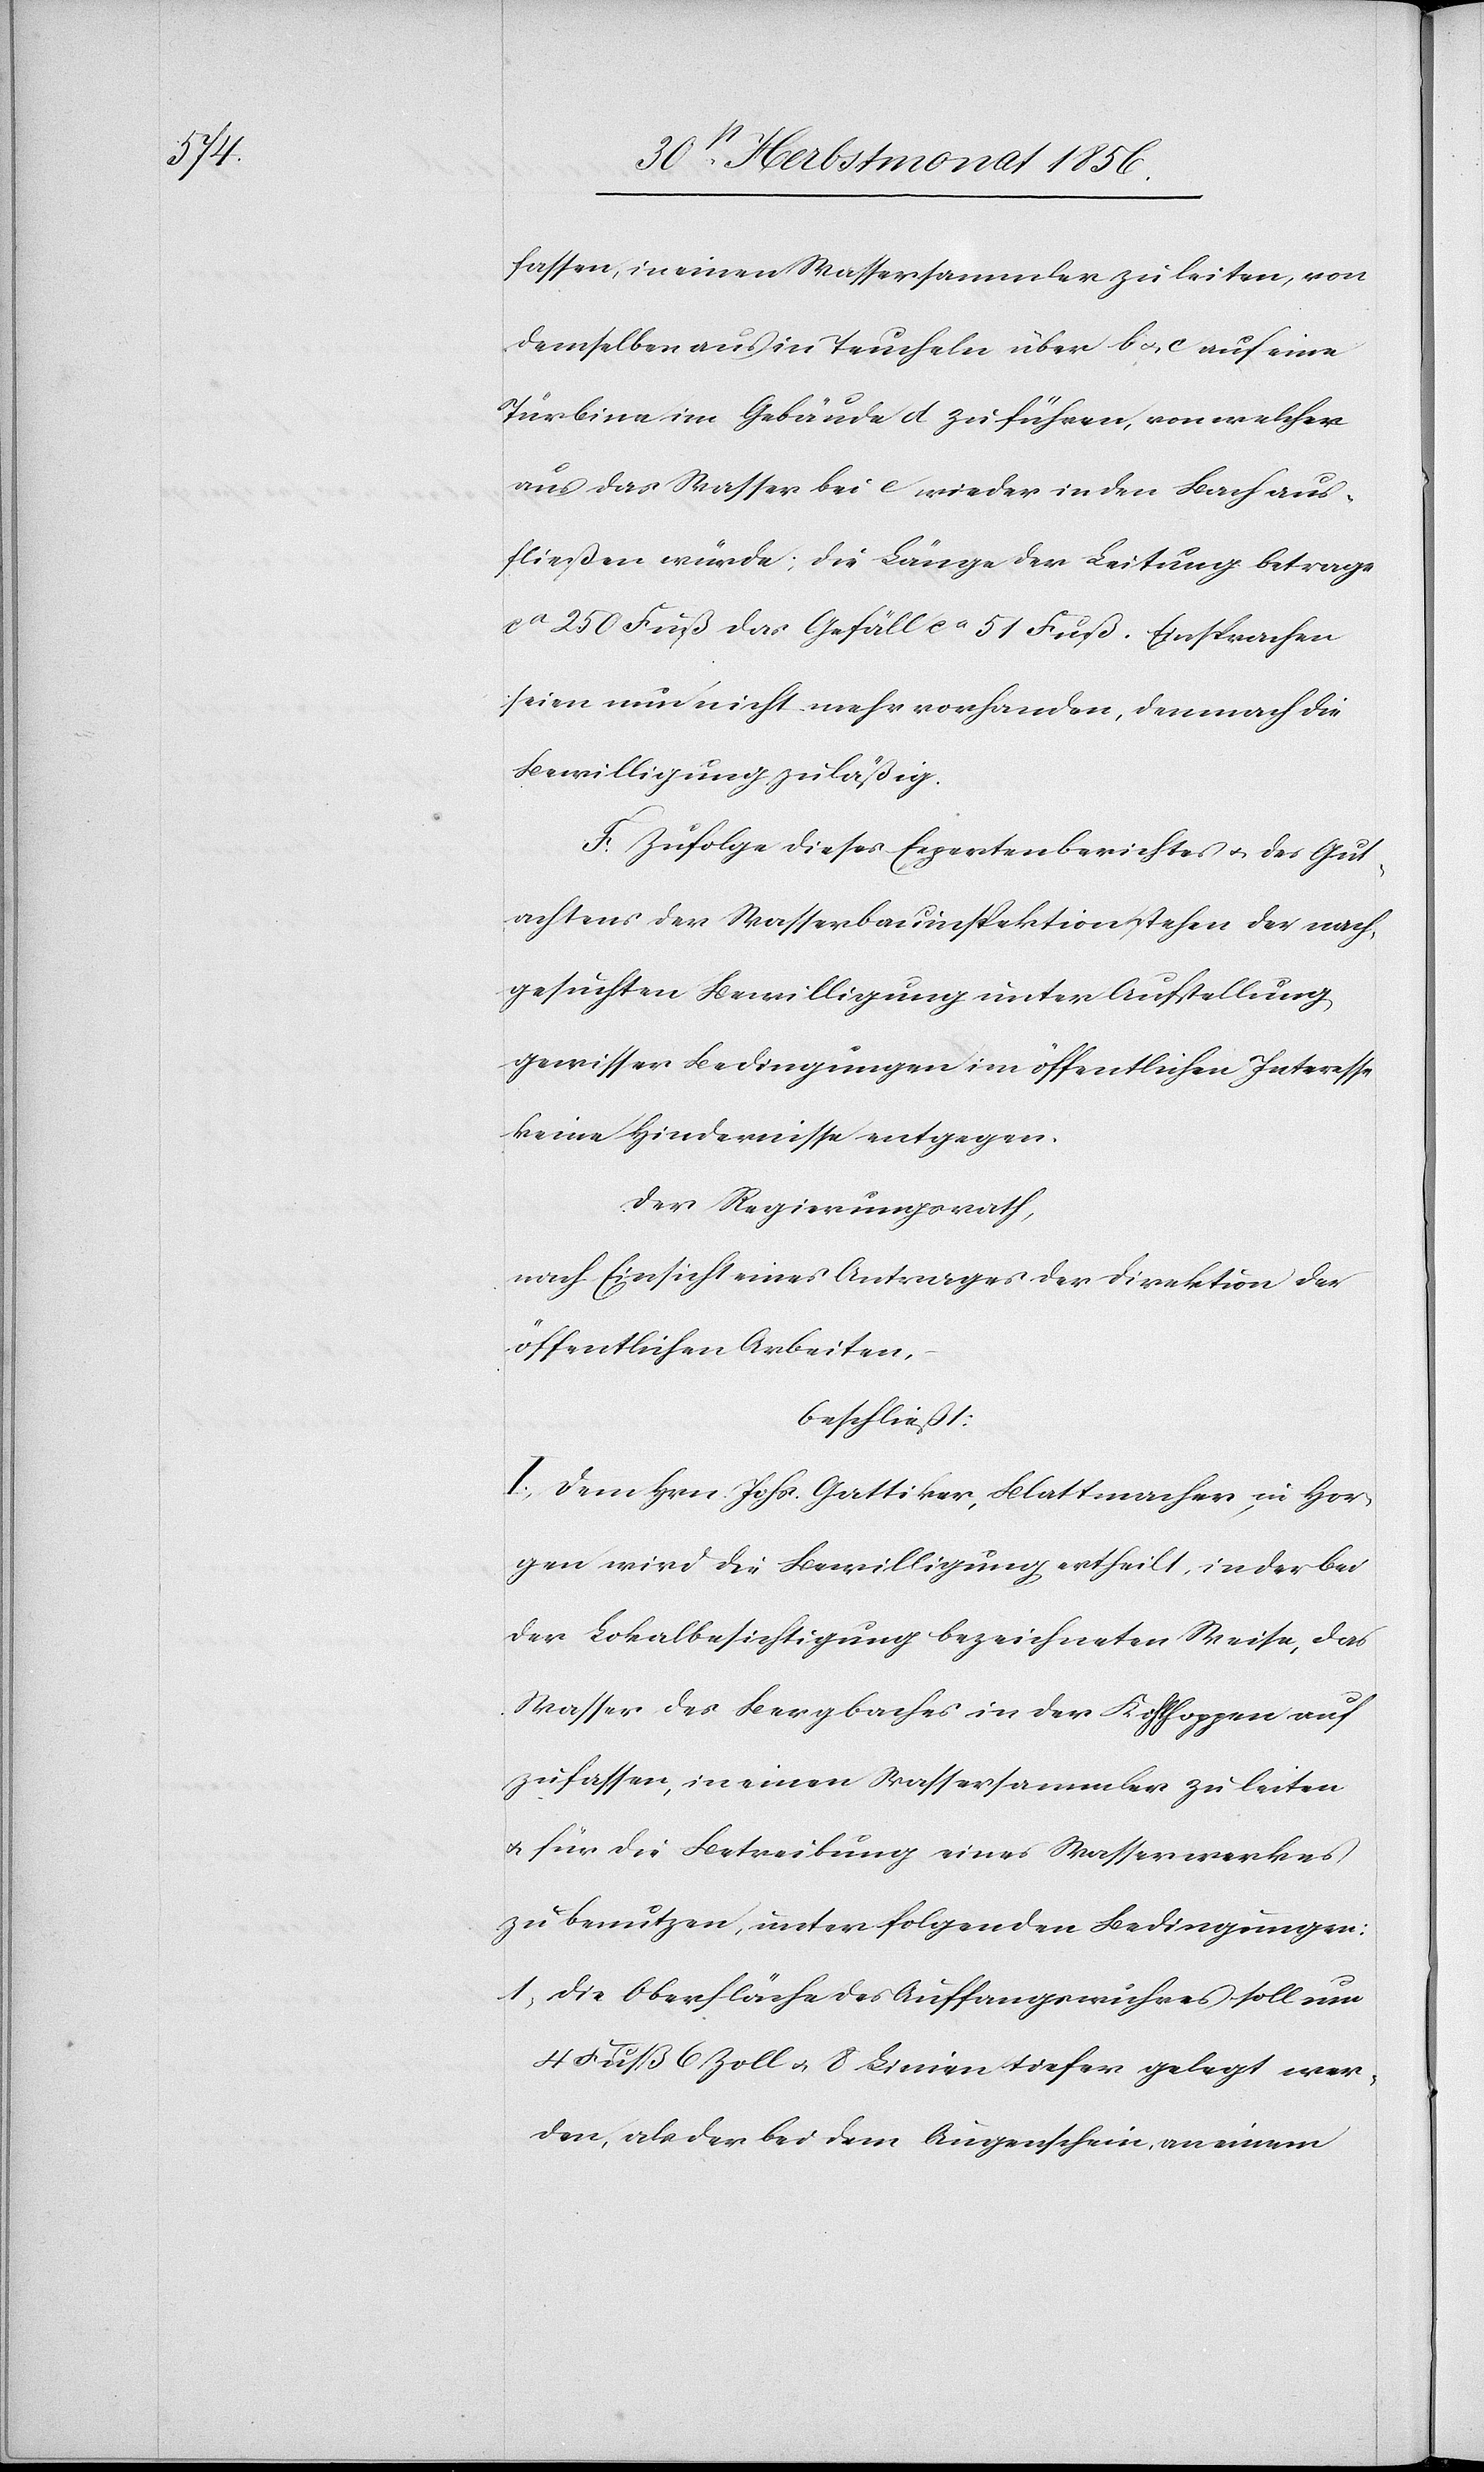
fassen, in einen Wassersammler zu leiten, von
demselben aus in Teucheln über b u. c auf eine
Türbine im Gebäude d zu führen, von welcher
aus das Wasser bei e wieder in den Bach aus¬
fließen würde; die Länge der Leitung betrage
ca 250 Fuß das Gefäll ca 51 Fuß. Einsprachen
seien nun nicht mehr vorhanden, demnach die
Bewilligung zuläßig.
F. Zufolge dieses Expertenberichtes u. des Gut¬
achtens der Wasserbauinspektion stehen der nach¬
gesuchten Bewilligung unter Aufstellung
gewisser Bedingungen im öffentlichen Interesse
keine Hindernisse entgegen.
Der Regierungsrath,
nach Einsicht eines Antrages der Direktion der
öffentlichen Arbeiten,
beschließt:
I.) Dem Hrn. Joh. Gattiker, Blattmacher, in Hor¬
gen wir die Bewilligung ertheilt, in der bei
der Lokalbesichtigung bezeichneten Weise, das
Wasser des Bergbaches in der Kohlhoppen auf
zufassen, in einen Wassersammler zu leiten
u. für die Betreibung eines Wasserwerkes
zu benutzen, unter folgenden Bedingungen:
1) Die Oberfläche des Auffangswuhres soll um
4 Fuß 6 Zoll u. 8 Linien tiefer gelegt wer¬
den, als der bei dem Augenschein, an einem